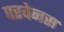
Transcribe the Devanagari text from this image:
परवेनस